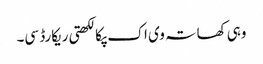
وہی کھاتہ وی اک پکا لکھتی ریکارڈ سی۔